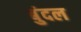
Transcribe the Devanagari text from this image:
बुंदल